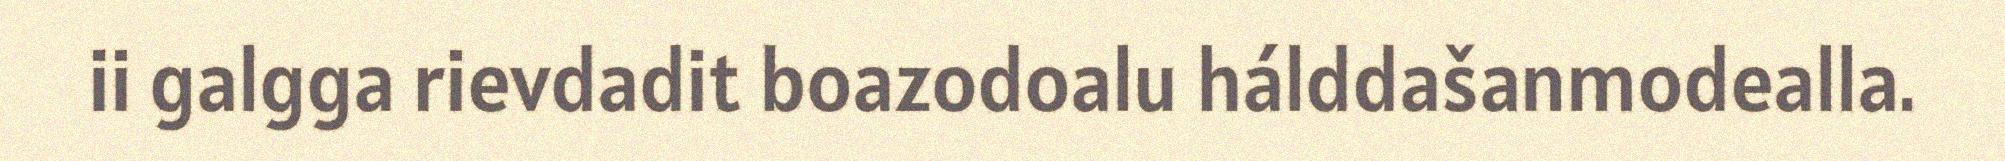
ii galgga rievdadit boazodoalu hálddašanmodealla.